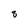
Character: 8